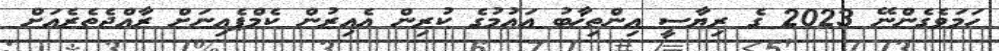
ހަމަވެގެންނޭ 2023 ގެ ރިޔާސީ އިންތިޚާބު އައުމުގެ ކުރިން އެއިރުން ކެމްޕެއިނަށް ރާއްޖެތެރެއަށް